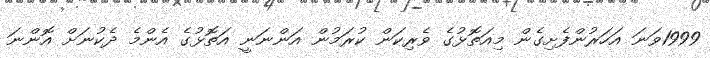
1999ވަނަ އަހަރުންފެށިގެން މިއަތޮޅުގެ ވެރިކަން ކުރަމުން އަންނަނީ އަތޮޅުގެ އެންމެ ދެކުނަށް އޮންނަ